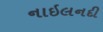
નાઇલનદી